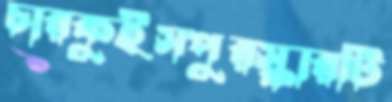
চারকুইসপুরস্কারটি